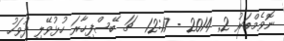
ނޮވެމްބަރު 2